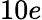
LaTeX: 10e